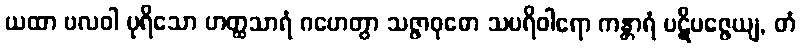
ယထာ ဗလဝါ ပုရိသော ဟတ္ထသာရံ ဂဟေတွာ သဇ္ဇာဝုဓော သပရိဝါရော ကန္တာရံ ပဋိပဇ္ဇေယျ, တံ